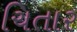
ચિતાર